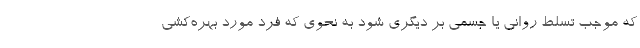
که موجب تسلط روانی یا جسمی بر دیگری شود به نحوی که فرد مورد بهره‌کشی